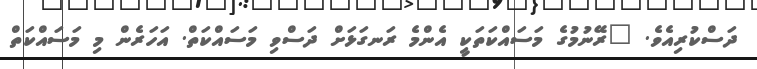
ދަސްކުރިއެވެ. "ރޭނުމުގެ މަސައްކަތަކީ އެންމެ ރަނގަޅަށް ދަސްވި މަސައްކަތް. އަހަރެން މި މަސައްކަތް